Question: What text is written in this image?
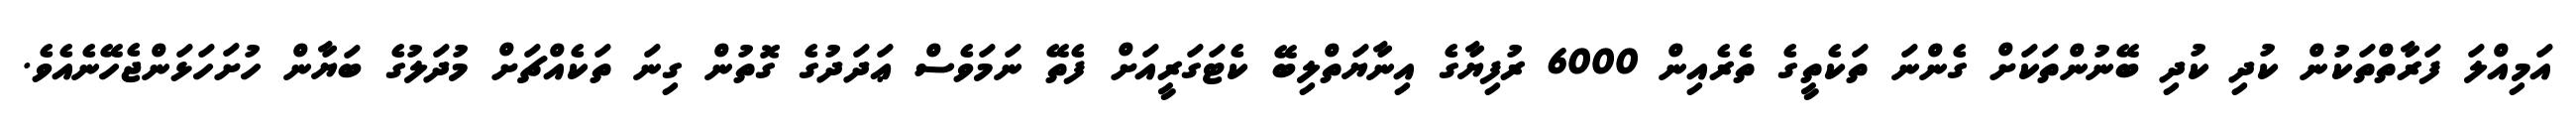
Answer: އަމިއްލަ ފަރާތްތަކުން ކުދި ކުދި ބޭނުންތަކަށް ގެންނަ ތަކެތީގެ ތެރެއިން 6000 ރުފިޔާގެ އިނާޔަތްލިބޭ ކެޓަގަރީއަށް ފެތޭ ނަމަވެސް ޢަދަދުގެ ގޮތުން ގިނަ ތަކެއްޗަށް މުދަލުގެ ބަޔާން ހުށަހަޅަންޖެހޭނެއެވެ.